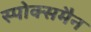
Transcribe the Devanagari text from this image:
स्पोक्समैन